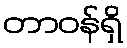
တာဝန်ရှိ